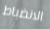
الانضباط